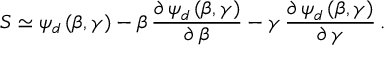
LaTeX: S \simeq \psi _ { d } \, ( \beta , \gamma ) - \beta \, \frac { \partial \, \psi _ { d } \, ( \beta , \gamma ) } { \partial \, \beta } - \gamma \, \frac { \partial \, \psi _ { d } \, ( \beta , \gamma ) } { \partial \, \gamma } \, .